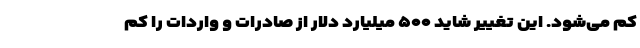
کم می‌شود. این تغییر شاید ۵۰۰ میلیارد دلار از صادرات و واردات را کم